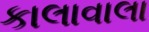
કાલાવાલા